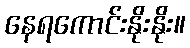
နေရကောင်းနိုးနိုး။